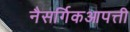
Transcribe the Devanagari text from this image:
नैसर्गिकआपत्ती